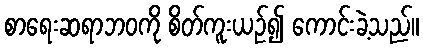
စာရေးဆရာဘဝကို စိတ်ကူးယဉ်၍ ကောင်းခဲ့သည်။